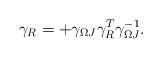
LaTeX: \begin{align*}\gamma_R = + \gamma_{\Omega J} \gamma_R^T \gamma_{\Omega J}^{-1}.\end{align*}